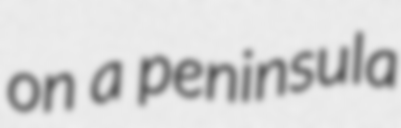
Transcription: on a peninsula